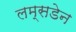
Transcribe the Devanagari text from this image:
लम्सडेन